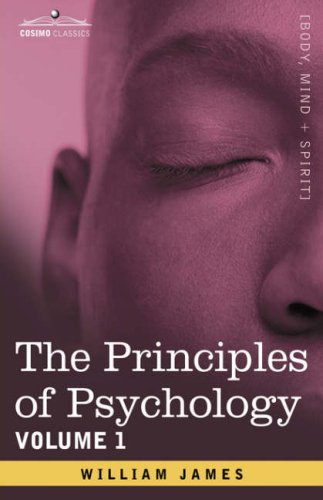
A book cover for The Principles of Psychology, Vol.1; William James; Science & Math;